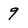
Character: 9